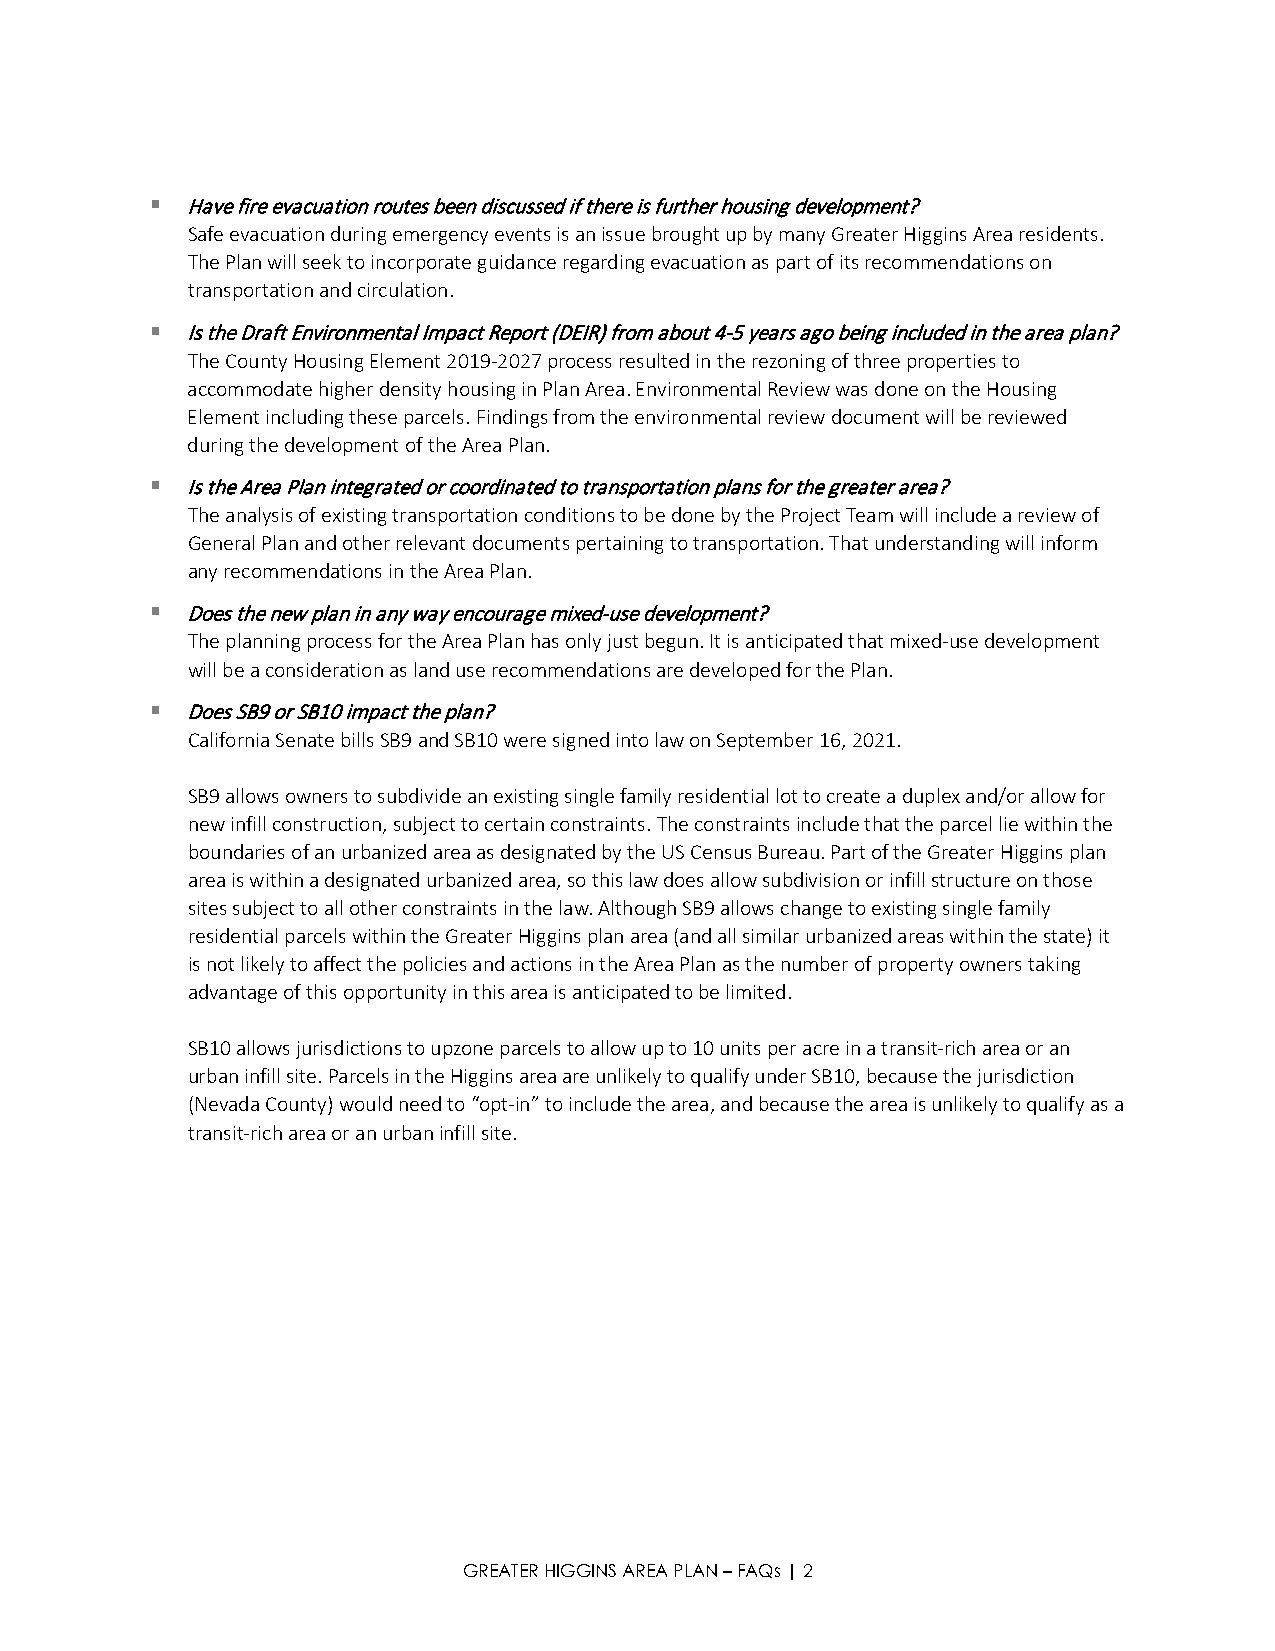
 Have fire evacuation routes been discussed if there is further housing development?
 Safe evacuation during emergency events is an issue brought up by many Greater Higgins Area residents.
 The Plan will seek to incorporate guidance regarding evacuation as part of its recommendations on
 transportation and circulation.
  Is the Draft Environmental Impact Report (DEIR) from about 4-5 years ago being included in the area plan?
 The County Housing Element 2019-2027 process resulted in the rezoning of three properties to
 accommodate higher density housing in Plan Area. Environmental Review was done on the Housing
 Element including these parcels. Findings from the environmental review document will be reviewed
 during the development of the Area Plan.
  Is the Area Plan integrated or coordinated to transportation plans for the greater area?
 The analysis of existing transportation conditions to be done by the Project Team will include a review of
 General Plan and other relevant documents pertaining to transportation. That understanding will inform
 any recommendations in the Area Plan.
  Does the new plan in any way encourage mixed-use development?
 The planning process for the Area Plan has only just begun. It is anticipated that mixed-use development
 will be a consideration as land use recommendations are developed for the Plan.
  Does SB9 or SB10 impact the plan?
 California Senate bills SB9 and SB10 were signed into law on September 16, 2021.
 SB9 allows owners to subdivide an existing single family residential lot to create a duplex and/or allow for
 new infill construction, subject to certain constraints. The constraints include that the parcel lie within the
 boundaries of an urbanized area as designated by the US Census Bureau. Part of the Greater Higgins plan
 area is within a designated urbanized area, so this law does allow subdivision or infill structure on those
 sites subject to all other constraints in the law. Although SB9 allows change to existing single family
 residential parcels within the Greater Higgins plan area (and all similar urbanized areas within the state) it
 is not likely to affect the policies and actions in the Area Plan as the number of property owners taking
 advantage of this opportunity in this area is anticipated to be limited.
 SB10 allows jurisdictions to upzone parcels to allow up to 10 units per acre in a transit-rich area or an
 urban infill site. Parcels in the Higgins area are unlikely to qualify under SB10, because the jurisdiction
 (Nevada County) would need to “opt-in” to include the area, and because the area is unlikely to qualify as a
 transit-rich area or an urban infill site.
 GREATER HIGGINS AREA PLAN – FAQs | 2